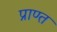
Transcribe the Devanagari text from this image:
प्राण्त